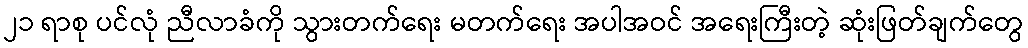
၂၁ ရာစု ပင်လုံ ညီလာခံကို သွားတက်ရေး မတက်ရေး အပါအဝင် အရေးကြီးတဲ့ ဆုံးဖြတ်ချက်တွေ